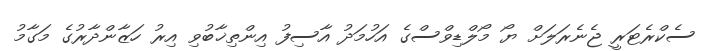
ސެކްރެޓަރީ ޖެނެރަލަށް ޔޯ މޯލްޑިވްސްގެ އަހުމަދު އާސިފު އިންތިޚާބުވި އިރު ހަޒާންދާރުގެ މަގާމު